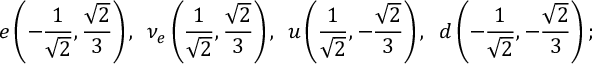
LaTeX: e \left( - \frac { 1 } { \sqrt { 2 } } , \frac { \sqrt { 2 } } { 3 } \right) , \; \, \nu _ { e } \left( \frac { 1 } { \sqrt { 2 } } , \frac { \sqrt { 2 } } { 3 } \right) , \; \, u \left( \frac { 1 } { \sqrt { 2 } } , - \frac { \sqrt { 2 } } { 3 } \right) , \, \, \, d \left( - \frac { 1 } { \sqrt { 2 } } , - \frac { \sqrt { 2 } } { 3 } \right) ;